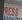
ress